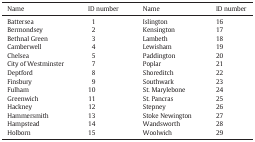
<table><thead><tr><td><b>Name</b></td><td><b>ID number</b></td><td><b>Name</b></td><td><b>ID number</b></td></tr></thead><tbody><tr><td>Battersea</td><td>1</td><td>Islington</td><td>16</td></tr><tr><td>Bermondsey</td><td>2</td><td>Kensington</td><td>17</td></tr><tr><td>Bethnal Green</td><td>3</td><td>Lambeth</td><td>18</td></tr><tr><td>Camberwell</td><td>4</td><td>Lewisham</td><td>19</td></tr><tr><td>Chelsea</td><td>5</td><td>Paddington</td><td>20</td></tr><tr><td>City of Westminster</td><td>7</td><td>Poplar</td><td>21</td></tr><tr><td>Deptford</td><td>8</td><td>Shoreditch</td><td>22</td></tr><tr><td>Finsbury</td><td>9</td><td>Southwark</td><td>23</td></tr><tr><td>Fulham</td><td>10</td><td>St. Marylebone</td><td>24</td></tr><tr><td>Greenwich</td><td>11</td><td>St. Pancras</td><td>25</td></tr><tr><td>Hackney</td><td>12</td><td>Stepney</td><td>26</td></tr><tr><td>Hammersmith</td><td>13</td><td>Stoke Newington</td><td>27</td></tr><tr><td>Hampstead</td><td>14</td><td>Wandsworth</td><td>28</td></tr><tr><td>Holborn</td><td>15</td><td>Woolwich</td><td>29</td></tr></tbody></table>